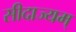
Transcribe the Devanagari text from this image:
सीदाज्यम्